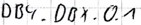
Text: DB4.DBX.0.1